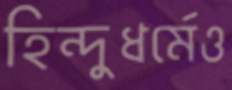
হিন্দুধর্মেও